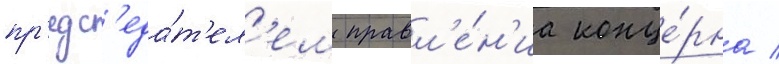
пр'едс'еда́т'ел'ем правл'е́н'иа конце́рна /